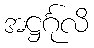
အဋ္ဌင်္ဂုလိ